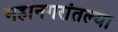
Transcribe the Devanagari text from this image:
महानगरांतल्या